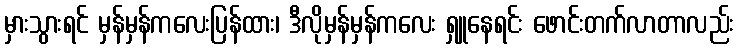
မှားသွားရင် မှန်မှန်ကလေးပြန်ထား၊ ဒီလိုမှန်မှန်ကလေး ရှူနေရင်း ဖောင်းတက်လာတာလည်း